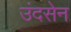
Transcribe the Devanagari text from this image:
उंदसेन